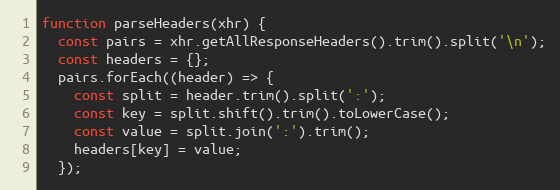
Language: JavaScript
function parseHeaders(xhr) {
  const pairs = xhr.getAllResponseHeaders().trim().split('\n');
  const headers = {};
  pairs.forEach((header) => {
    const split = header.trim().split(':');
    const key = split.shift().trim().toLowerCase();
    const value = split.join(':').trim();
    headers[key] = value;
  });